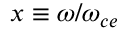
x \equiv \omega / \omega _ { c e }